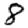
Digit: 8